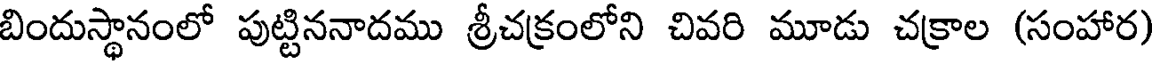
బిందుస్థానంలో పుట్టిననాదము శ్రీచక్రంలోని చివరి మూడు చక్రాల (సంహార)